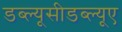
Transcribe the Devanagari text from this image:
डब्ल्यूसीडब्ल्यूए